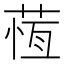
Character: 𦵕